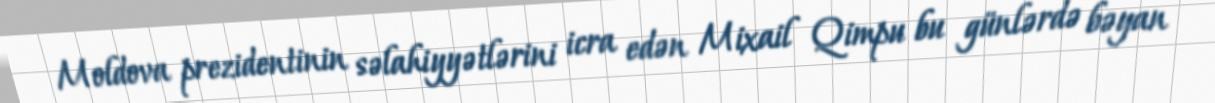
Moldova prezidentinin səlahiyyətlərini icra edən Mixail Qimpu bu günlərdə bəyan